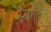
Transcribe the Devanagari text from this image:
स्वर्गाहुन